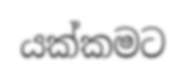
යක්කමට